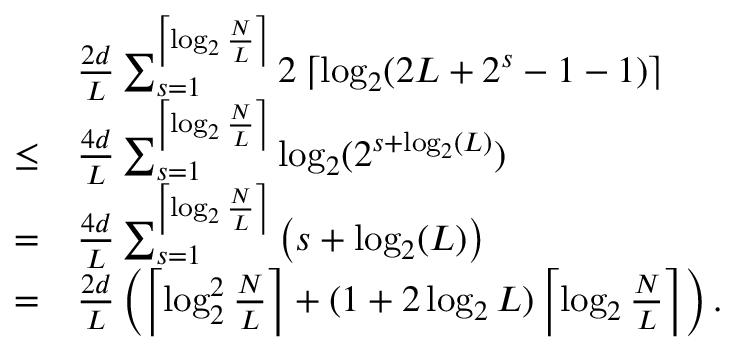
\begin{array} { r l } & { \frac { 2 d } { L } \sum _ { s = 1 } ^ { \left\lceil \log _ { 2 } \frac { N } { L } \right\rceil } 2 \left\lceil \log _ { 2 } ( 2 L + 2 ^ { s } - 1 - 1 ) \right\rceil } \\ { \le } & { \frac { 4 d } { L } \sum _ { s = 1 } ^ { \left\lceil \log _ { 2 } \frac { N } { L } \right\rceil } \log _ { 2 } ( 2 ^ { s + \log _ { 2 } ( L ) } ) } \\ { = } & { \frac { 4 d } { L } \sum _ { s = 1 } ^ { \left\lceil \log _ { 2 } \frac { N } { L } \right\rceil } \left( s + \log _ { 2 } ( L ) \right) } \\ { = } & { \frac { 2 d } { L } \left( \left\lceil \log _ { 2 } ^ { 2 } \frac { N } { L } \right\rceil + ( 1 + 2 \log _ { 2 } L ) \left\lceil \log _ { 2 } \frac { N } { L } \right\rceil \right) . } \end{array}